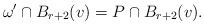
LaTeX: \begin{align*} \omega'\cap B_{r+2}(v) = P\cap B_{r+2}(v).\end{align*}